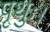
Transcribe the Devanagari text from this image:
पृथुः।